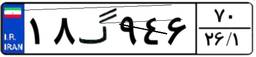
۱۸گ۹۴۶۷۰